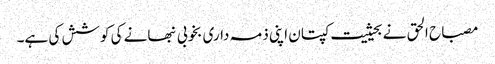
مصباح الحق نے بحیثیت کپتان اپنی ذمہ داری بخوبی نبھانے کی کوشش کی ہے۔